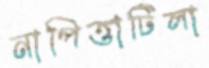
নাপিত্তাটিলা